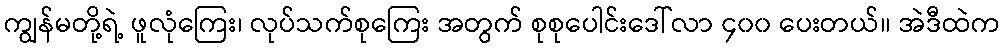
ကျွန်မတို့ရဲ့ ဖူလုံကြေး၊ လုပ်သက်စုကြေး အတွက် စုစုပေါင်းဒေါ်လာ ၄၀၀ ပေးတယ်၊၊ အဲဒီထဲက